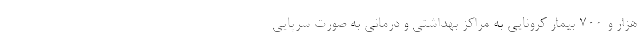
هزار و ۷۰۰ بیمار کرونایی به مراکز بهداشتی و درمانی به صورت سرپایی